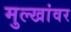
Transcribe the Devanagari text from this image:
मुल्खांवर